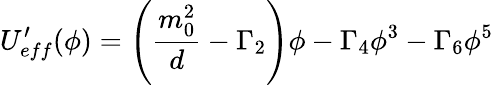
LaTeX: U_{eff}^{\prime}(\phi)=\left(\frac{m_{0}^{2}}{d}-\Gamma_{2}\right)\phi-\Gamma_{4}\phi^{3}-\Gamma_{6}\phi^{5}